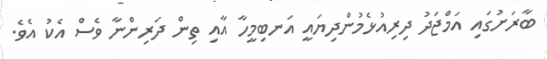
ބާރަށުގައި އަމްޖަދު ދިރިއުޅެމުންދިޔައީ އަނބިމީހާ އާއި ތިން ދަރިންނާ ވެސް އެކު އެވެ.